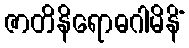
ဇာတိနိရောဓဂါမိနိံ